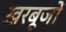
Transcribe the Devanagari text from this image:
ख़रबूजों